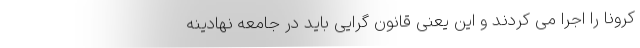
کرونا را اجرا می کردند و این یعنی قانون گرایی باید در جامعه نهادینه